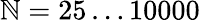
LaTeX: \mathbb{N}=25\ldots10000